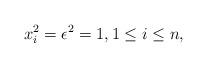
LaTeX: \begin{align*} x_i^2 = \epsilon^2 = 1, 1 \leq i \leq n,\end{align*}